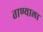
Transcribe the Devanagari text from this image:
ताण्याला